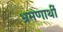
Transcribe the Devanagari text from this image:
भ्रमणार्थी